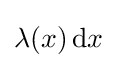
{\textstyle \lambda (x)\,\mathrm {d} x}